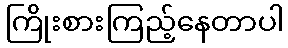
ကြိုးစားကြည့်နေတာပါ